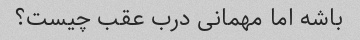
باشه اما مهمانی درب عقب چیست؟